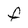
Character: F